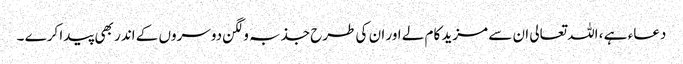
دعاء ہے ، اللہ تعالی ان سے مزید کام لے اور ان کی طرح جذبہ و لگن دوسروں کے اندر بھی پیدا کرے ۔